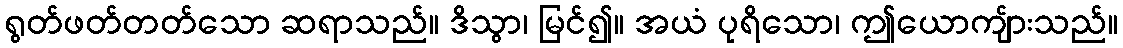
ရွတ်ဖတ်တတ်သော ဆရာသည်။ ဒိသွာ၊ မြင်၍။ အယံ ပုရိသော၊ ဤယောကျ်ားသည်။